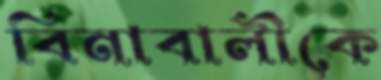
বিনাবালীকে